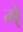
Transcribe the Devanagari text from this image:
मे्